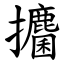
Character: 攟